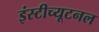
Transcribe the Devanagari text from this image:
इंस्टीच्यूटनल